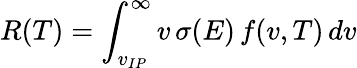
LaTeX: R(T)=\int_{v_{IP}}^{\infty}v\, \sigma(E)\, f(v,T)\, dv